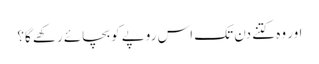
اور وہ کتنے دن تک اس روپے کو بچائے رکھے گا؟